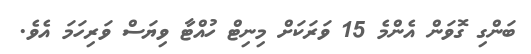
ބަންގި ގޮވަން އެންމެ 15 ވަރަކަށް މިނިޓް ހުއްޓާ ވިޔަސް ވަރިހަމަ އެވެ.